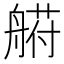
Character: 𰰐